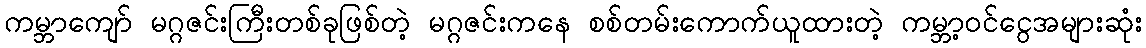
ကမ္ဘာကျော် မဂ္ဂဇင်းကြီးတစ်ခုဖြစ်တဲ့ မဂ္ဂဇင်းကနေ စစ်တမ်းကောက်ယူထားတဲ့ ကမ္ဘာ့ဝင်ငွေအများဆုံး